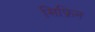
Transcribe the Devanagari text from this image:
सिफ्रिन